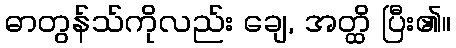
ဓာတွန်သ်ကိုလည်း ချေ, အတ္ထိ ပြီး၏။